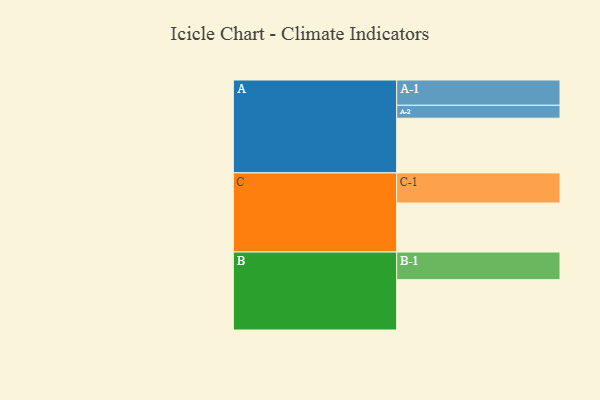
{"axis": {"x": "Segment", "y": "Value"}, "legend": ["", "A", "B", "C"], "data": [{"x": "A", "y": 541, "type": ""}, {"x": "B", "y": 498, "type": ""}, {"x": "C", "y": 485, "type": ""}, {"x": "A-1", "y": 250, "type": "A"}, {"x": "A-2", "y": 128, "type": "A"}, {"x": "B-1", "y": 273, "type": "B"}, {"x": "C-1", "y": 298, "type": "C"}]}